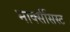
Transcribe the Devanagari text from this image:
मार्क्‍ससिस्‍ट